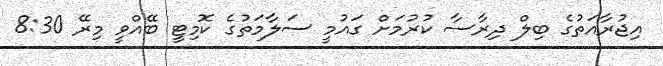
އިޖުރާއަތުގެ ބިލް ދިރާސާ ކުރުމަށް ގައުމީ ސަލާމަތުގެ ކޮމިޓީ ބޭއްވީ މިރޭ 8:30